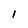
Character: I